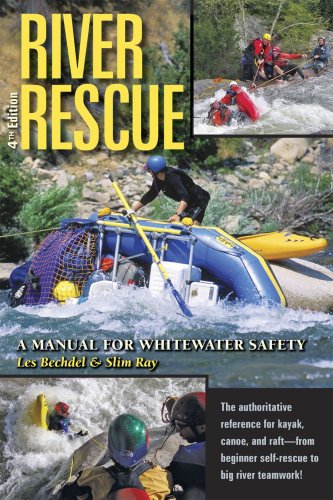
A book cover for River Rescue: A Manual for Whitewater Safety, 4th Ed.; Les Bechdel; Sports & Outdoors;